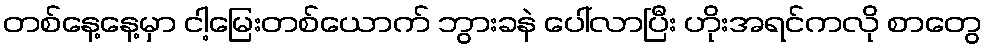
တစ်နေ့နေ့မှာ ငါ့မြေးတစ်ယောက် ဘွားခနဲ ပေါ်လာပြီး ဟိုးအရင်ကလို စာတွေ